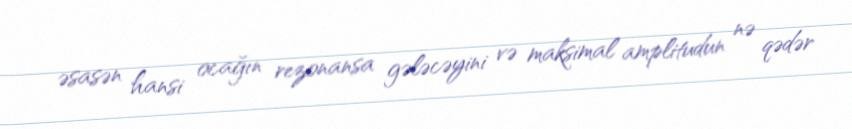
əsasən hansi ocağın rezonansa gələcəyini və maksimal amplitudun nə qədər